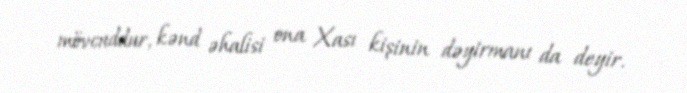
mövcuddur, kənd əhalisi ona Xası kişinin dəyirmanı da deyir.